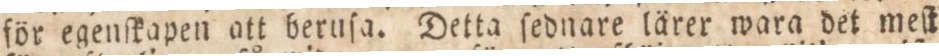
för egenſkapen att beruſa. Detta ſednare lärer wara det meſt